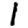
Digit: 1